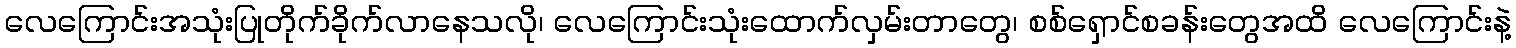
လေကြောင်းအသုံးပြုတိုက်ခိုက်လာနေသလို၊ လေကြောင်းသုံးထောက်လှမ်းတာတွေ၊ စစ်ရှောင်စခန်းတွေအထိ လေကြောင်းနဲ့